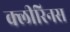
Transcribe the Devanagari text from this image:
क्लीरिनस